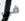
في